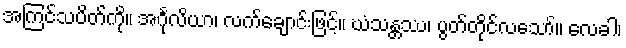
အကြင်သပိတ်ကို။ အင်္ဂုလိယာ၊ လက်ချောင်းဖြင့်။ ဃံသန္တဿ၊ ပွတ်တိုင်လသော်။ လေခါ၊